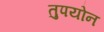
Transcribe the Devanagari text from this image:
तुपयोन